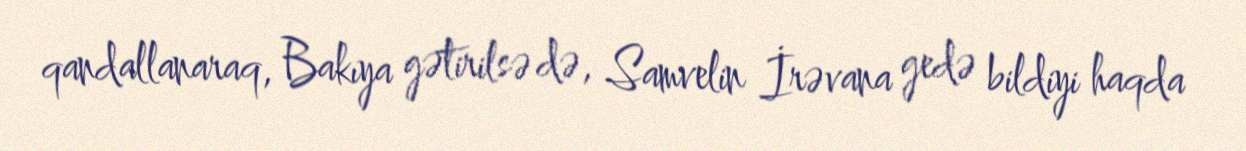
qandallanaraq, Bakıya gətirilsə də, Samvelin İrəvana gedə bildiyi haqda